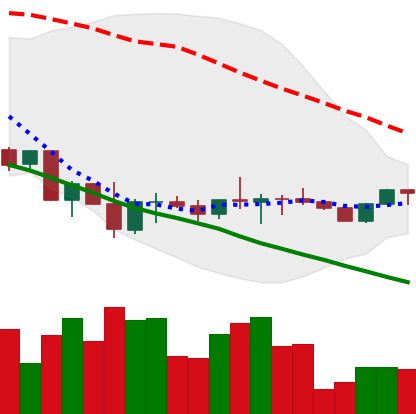
Ticker: ETH-USD
Chart end date: 2022-10-05
Forward return: -4.546%
Label: down_3_5